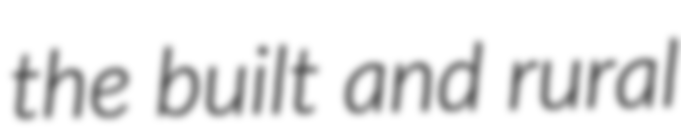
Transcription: the built and rural